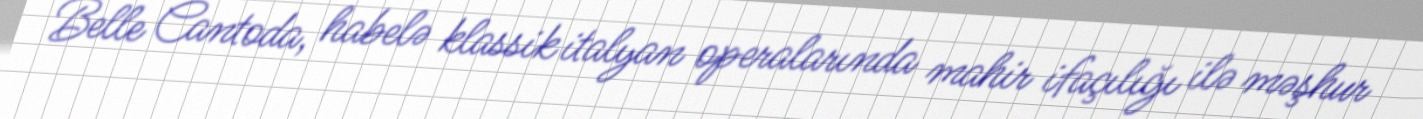
Belle Cantoda, habelə klassik italyan operalarında mahir ifaçılığı ilə məşhur